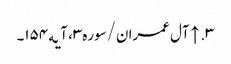
۳. ↑ آل عمران/سوره۳، آیه۱۵۴۔